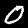
Digit: 0